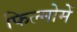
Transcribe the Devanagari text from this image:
फिल्मोमें